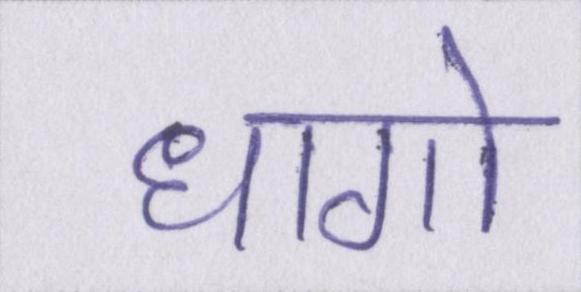
धागो